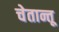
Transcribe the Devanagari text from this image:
चेतान्तू